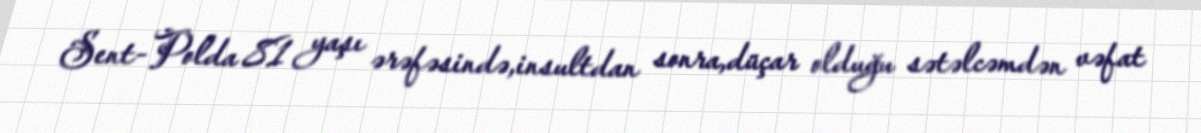
Sent-Polda 81 yaşı ərəfəsində,insultdan sonra,düçar olduğu sətəlcəmdən vəfat